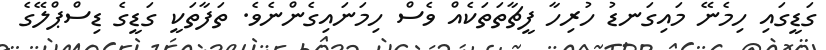
ގަޑީގައި ހިމެނޭ މައިގަނޑު ހުރިހާ ފީޗާތަތަކެއް ވެސް ހިމަނައިގެންނެވެ. ތަފާތަކީ ގަޑީގެ ޑިސްޕްލޭގެ